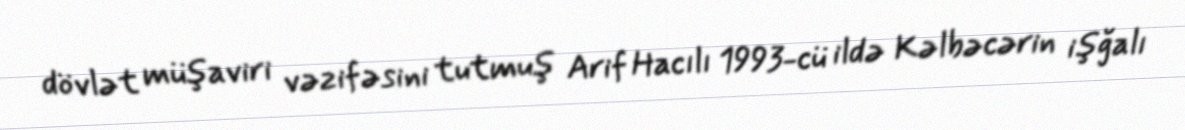
dövlət müşaviri vəzifəsini tutmuş Arif Hacılı 1993-cü ildə Kəlbəcərin işğalı